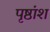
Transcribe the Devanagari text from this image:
पृष्ठांश